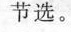
节选。